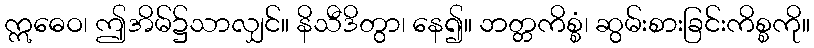
ဣဓေဝ၊ ဤအိမ်၌သာလျှင်။ နိသီဒိတွာ၊ နေ၍။ ဘတ္တကိစ္စံ၊ ဆွမ်းစားခြင်းကိစ္စကို။